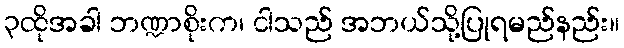
၃ထိုအခါ ဘဏ္ဍာစိုးက၊ ငါသည် အဘယ်သို့ပြုရမည်နည်း။